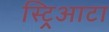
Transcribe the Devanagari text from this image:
स्ट्रिआटा